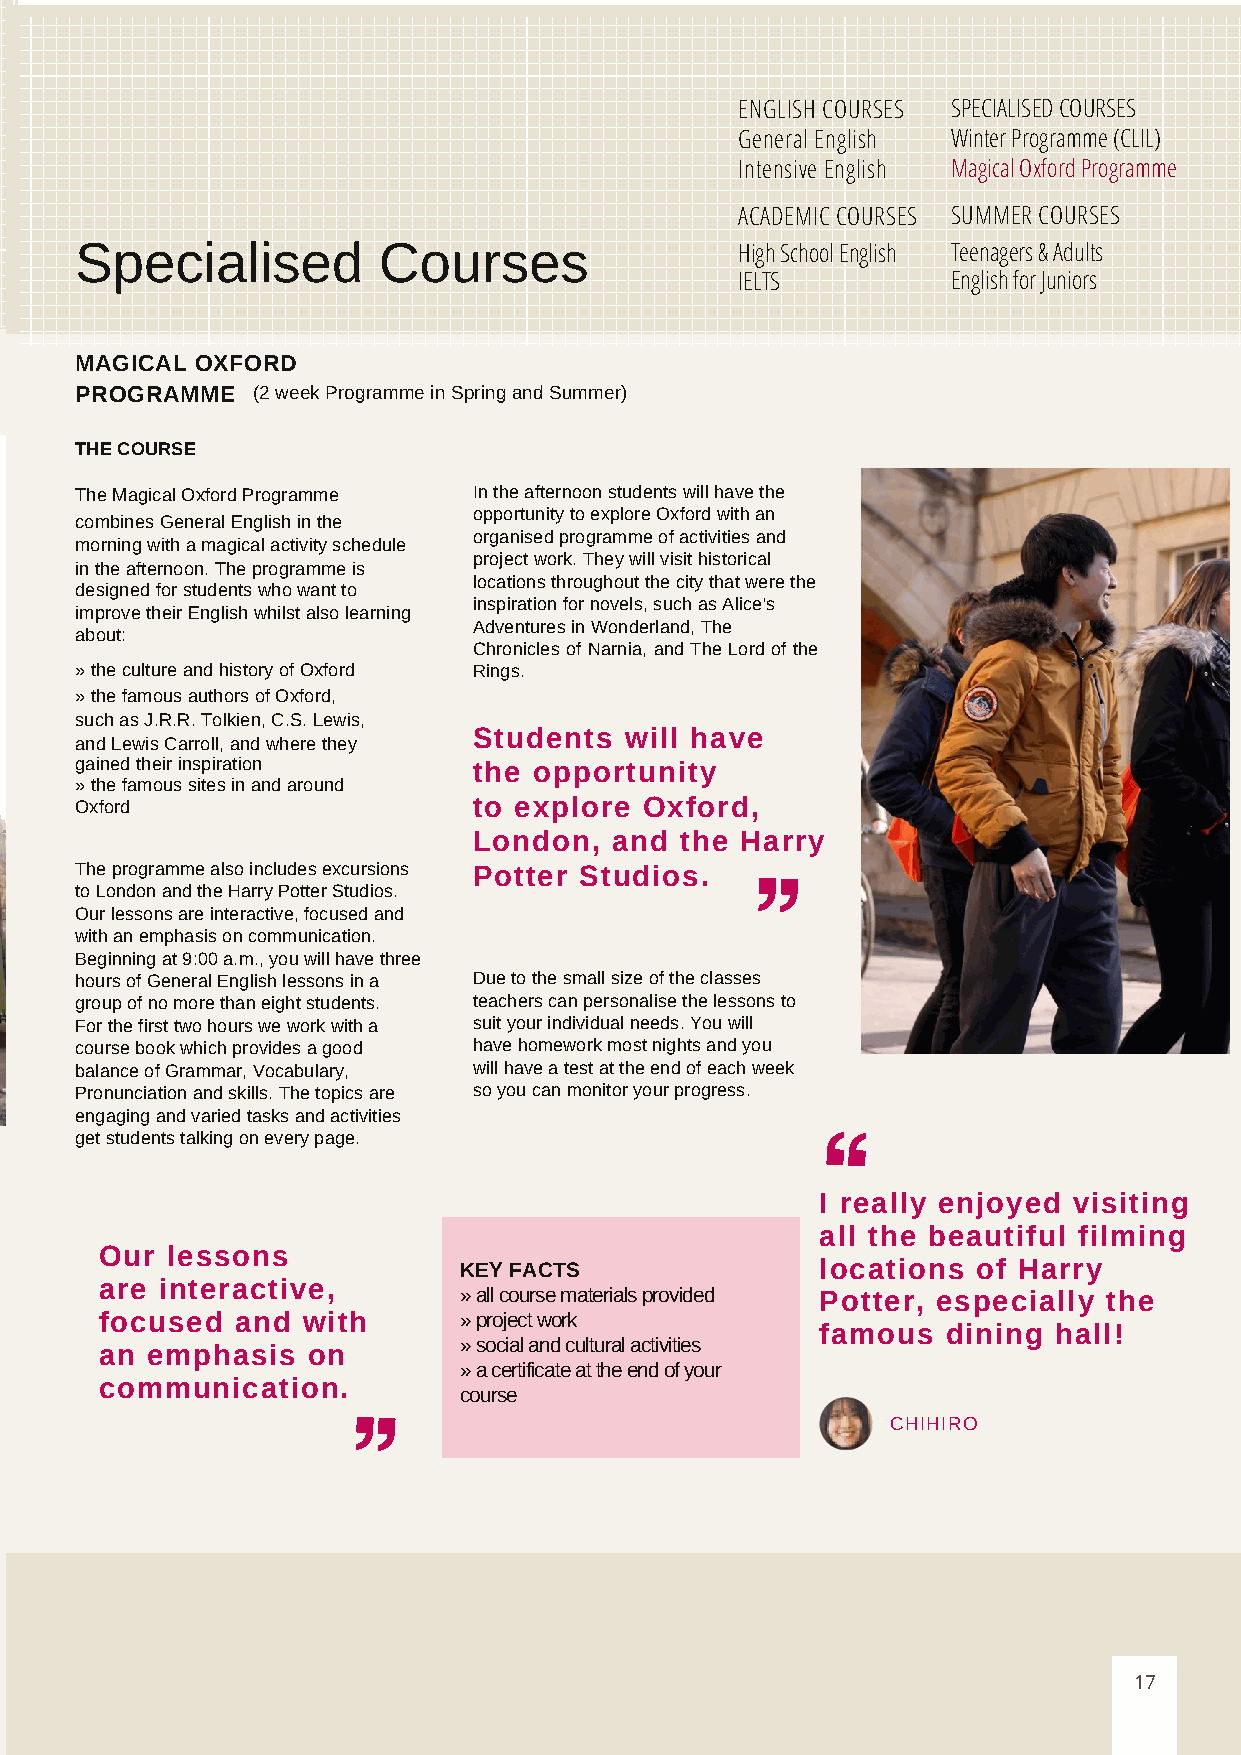
ENGLISH COURSES SPECIALISED COURSES
 General English Winter Programme (CLIL)
 Intensive English Magical Oxford Programme
 ACADEMIC COURSES SUMMER COURSES
 Specialised         Courses                 High School English Teenagers & Adults
 IELTS         English for Juniors
 MAGICAL OXFORD
 PROGRAMME   (2 week Programme in Spring and Summer)
 THE COURSE
 The Magical Oxford Programme In the afternoon students will have the
 opportunity to explore Oxford with an
 combines General English in the
 organised programme of activities and
 morning with a magical activity schedule
 project work. They will visit historical
 in the afternoon. The programme is
 locations throughout the city that were the
 designed for students who want to
 inspiration for novels, such as Alice's
 improve their English whilst also learning
 Adventures in Wonderland, The
 about:
 Chronicles of Narnia, and The Lord of the
 » the culture and history of Oxford Rings.
 » the famous authors of Oxford,
 such as J.R.R. Tolkien, C.S. Lewis,
 Students  will have
 and Lewis Carroll, and where they
 gained their inspiration  the opportunity
 » the famous sites in and around
 Oxford                    to explore  Oxford,
 London,   and the Harry
 The programme also includes excursions Potter Studios.
 to London and the Harry Potter Studios.
 Our lessons are interactive, focused and
 with an emphasis on communication.
 Beginning at 9:00 a.m., you will have three
 hours of General English lessons in a Due to the small size of the classes
 group of no more than eight students. teachers can personalise the lessons to
 For the first two hours we work with a suit your individual needs. You will
 course book which provides a good have homework most nights and you
 balance of Grammar, Vocabulary, will have a test at the end of each week
 Pronunciation and skills. The topics are so you can monitor your progress.
 engaging and varied tasks and activities
 get students talking on every page.
 I really enjoyed visiting
 all the beautiful filming
 Our lessons
 KEY FACTS               locations  of Harry
 are interactive,
 » all course materials provided Potter, especially the
 focused  and with      » project work
 famous   dining hall!
 » social and cultural activities
 an emphasis  on
 » a certificate at the end of your
 communication.
 course
 CHIHIRO
 17